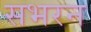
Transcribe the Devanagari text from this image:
सभरन